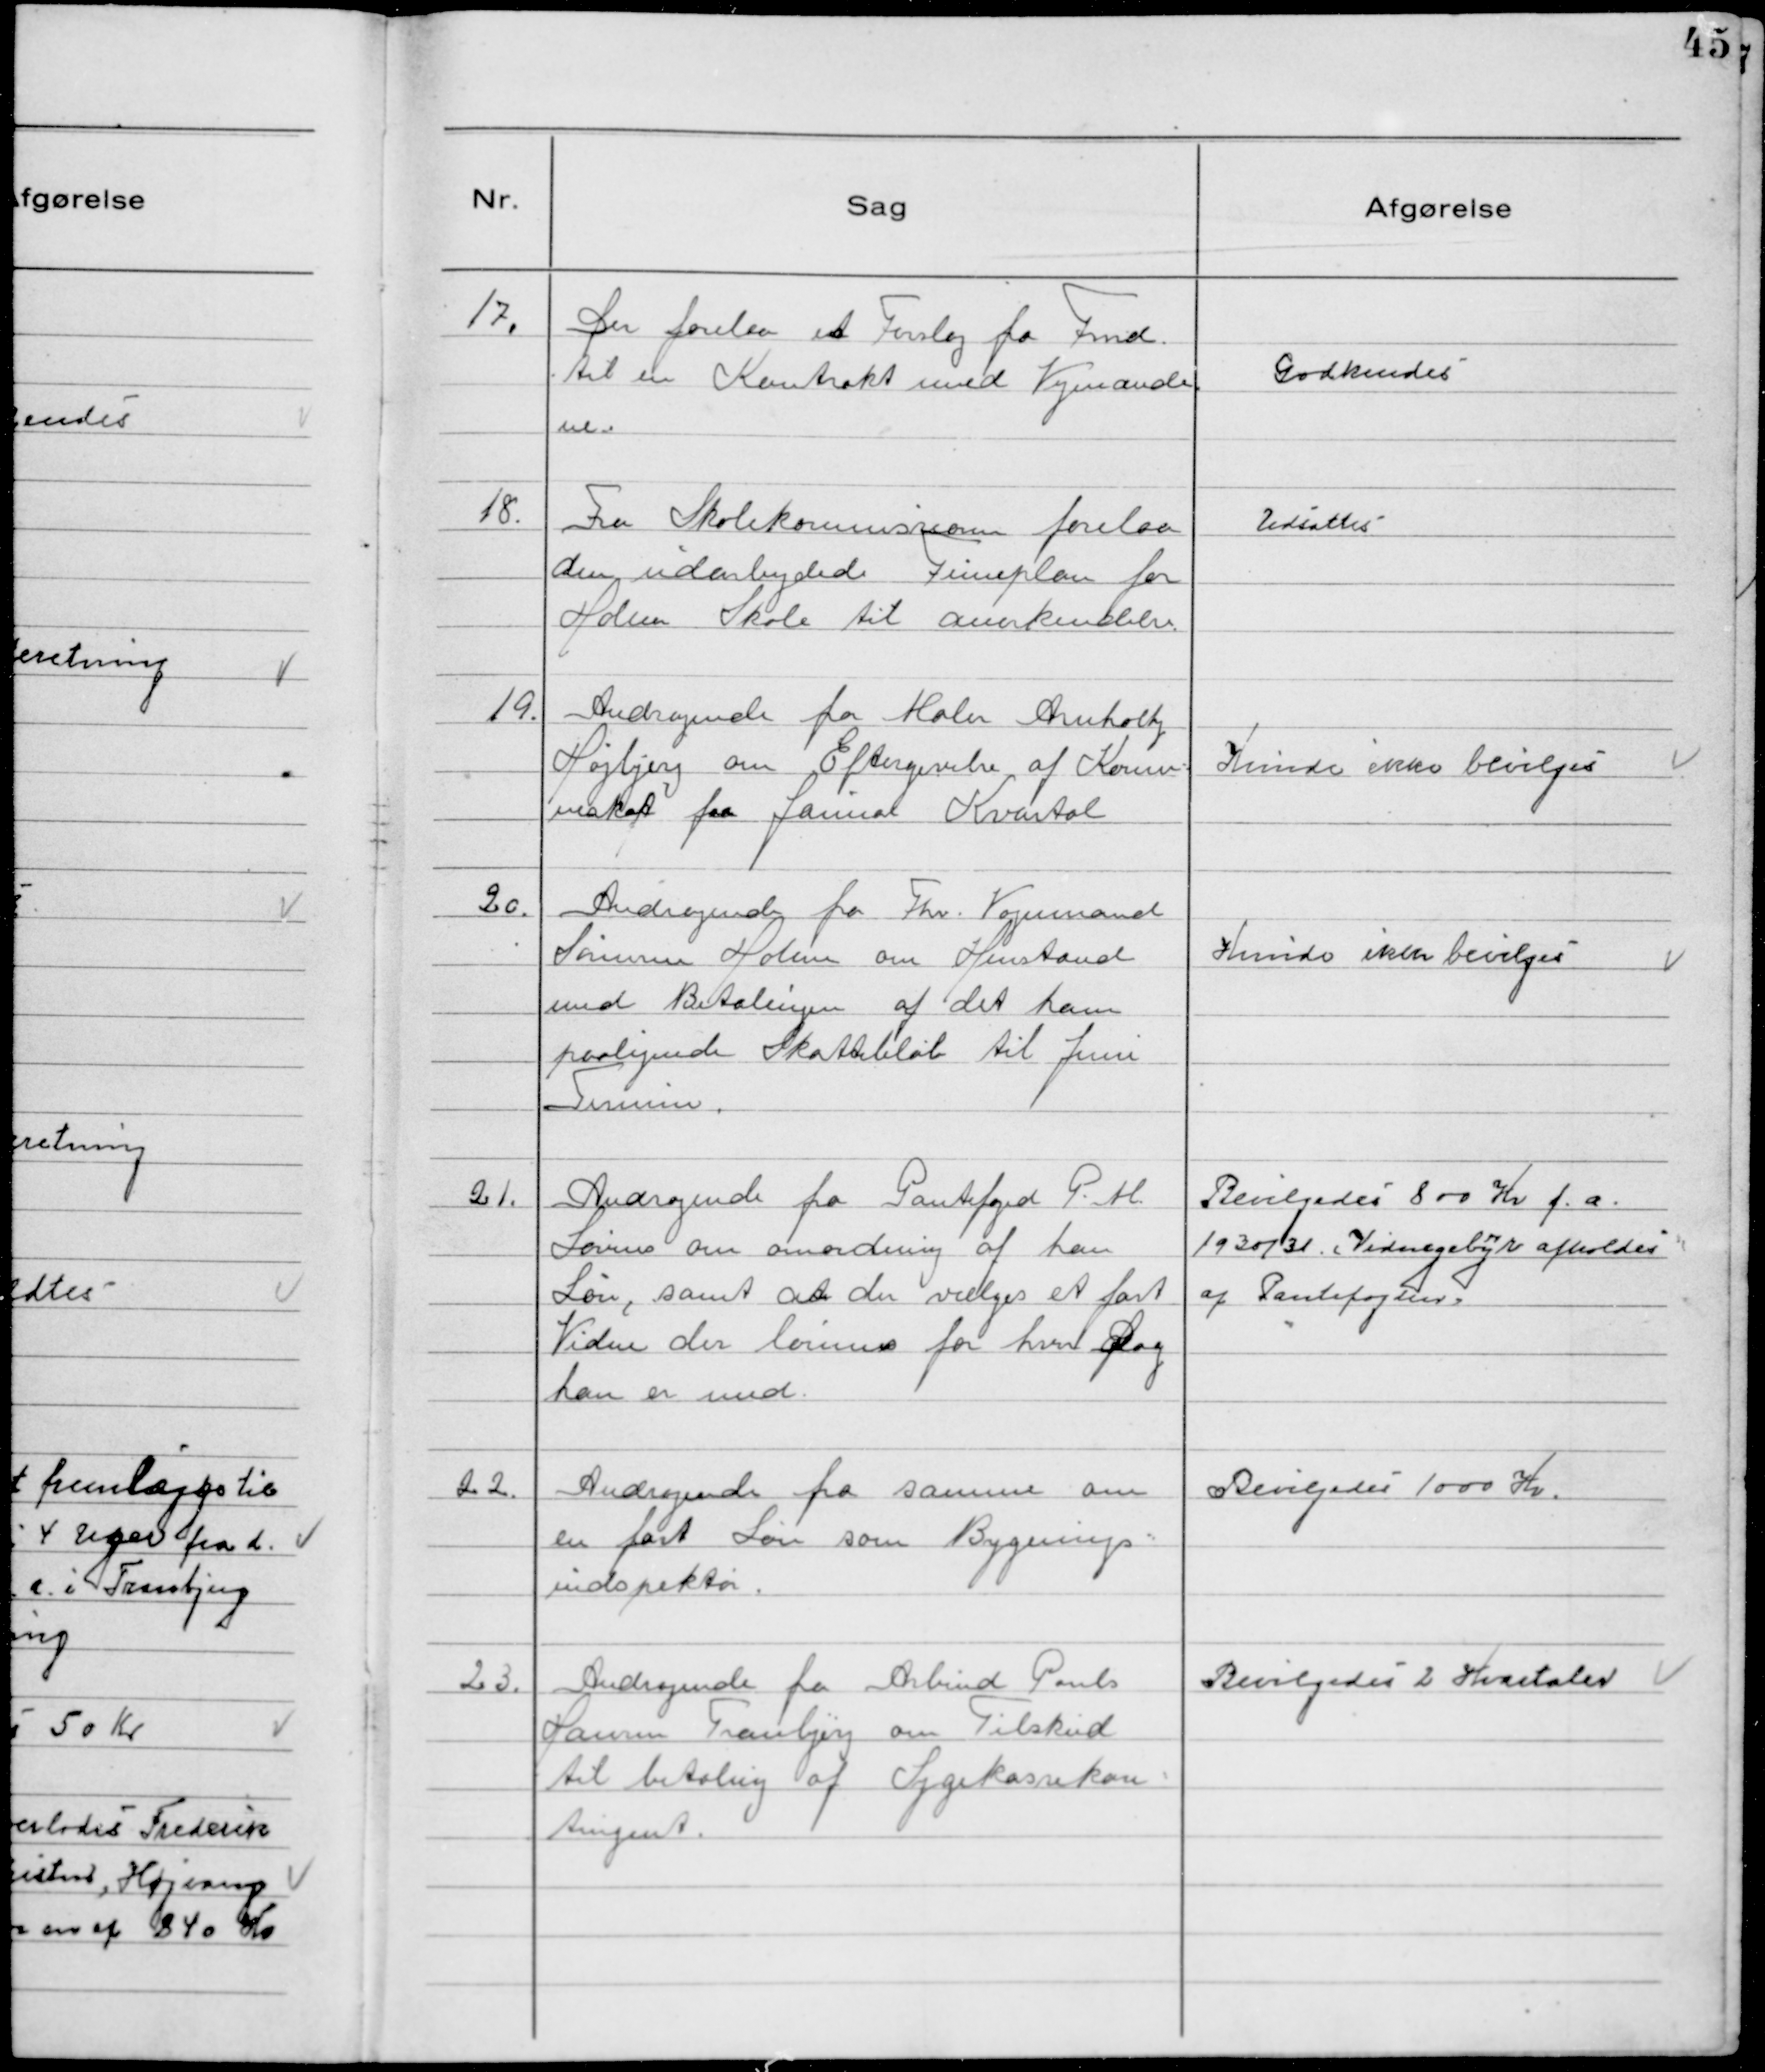
Transskription:
17. Der forelaa et Forslag fra Fmd.
til en Kontrakt med Vejmænde
ne.

Godkendeś

18. Fra Skolekommissionen forelaa
den udarbejdede Timeplan for
Holme Skole til anerkendelse.

Udsattes

19. Andragende fra Maler Arnholth
Højbjerg om Eftergivelse af Kommu-
neskat for Januar Kvartal

Kunde ikke bevilgeś

20. Andragende fra Fhv. Vognmand
Sørensen Holme om Henstand
med Betalingen af det ham
paalignede Skattebeløb til Juni
Termin.

Kunde ikke bevilgeś

21. Andragende fra Pantefoged P. M.
Lovins om omordning af han
Løn, samt at der vælges et fast
Vidne der lønnes for hver Dag
han er med.

Bevilgedes 800 Kr f.a.
1930/31. (Vidnegebyr afholdes
af Pantefogden.

22. Andragende fra samme om
en fast Løn som Bygnings-
indspektør.

Bevilgedeś 1000 Kr.

23. Andragende fra Arbmd Pouls
Hansen Tranbjerg om Tilskud
til betaling af Sygekassekon-
tingent.

Bevilgedeś 2 Kvartaler